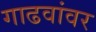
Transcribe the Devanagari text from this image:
गाढवांवर